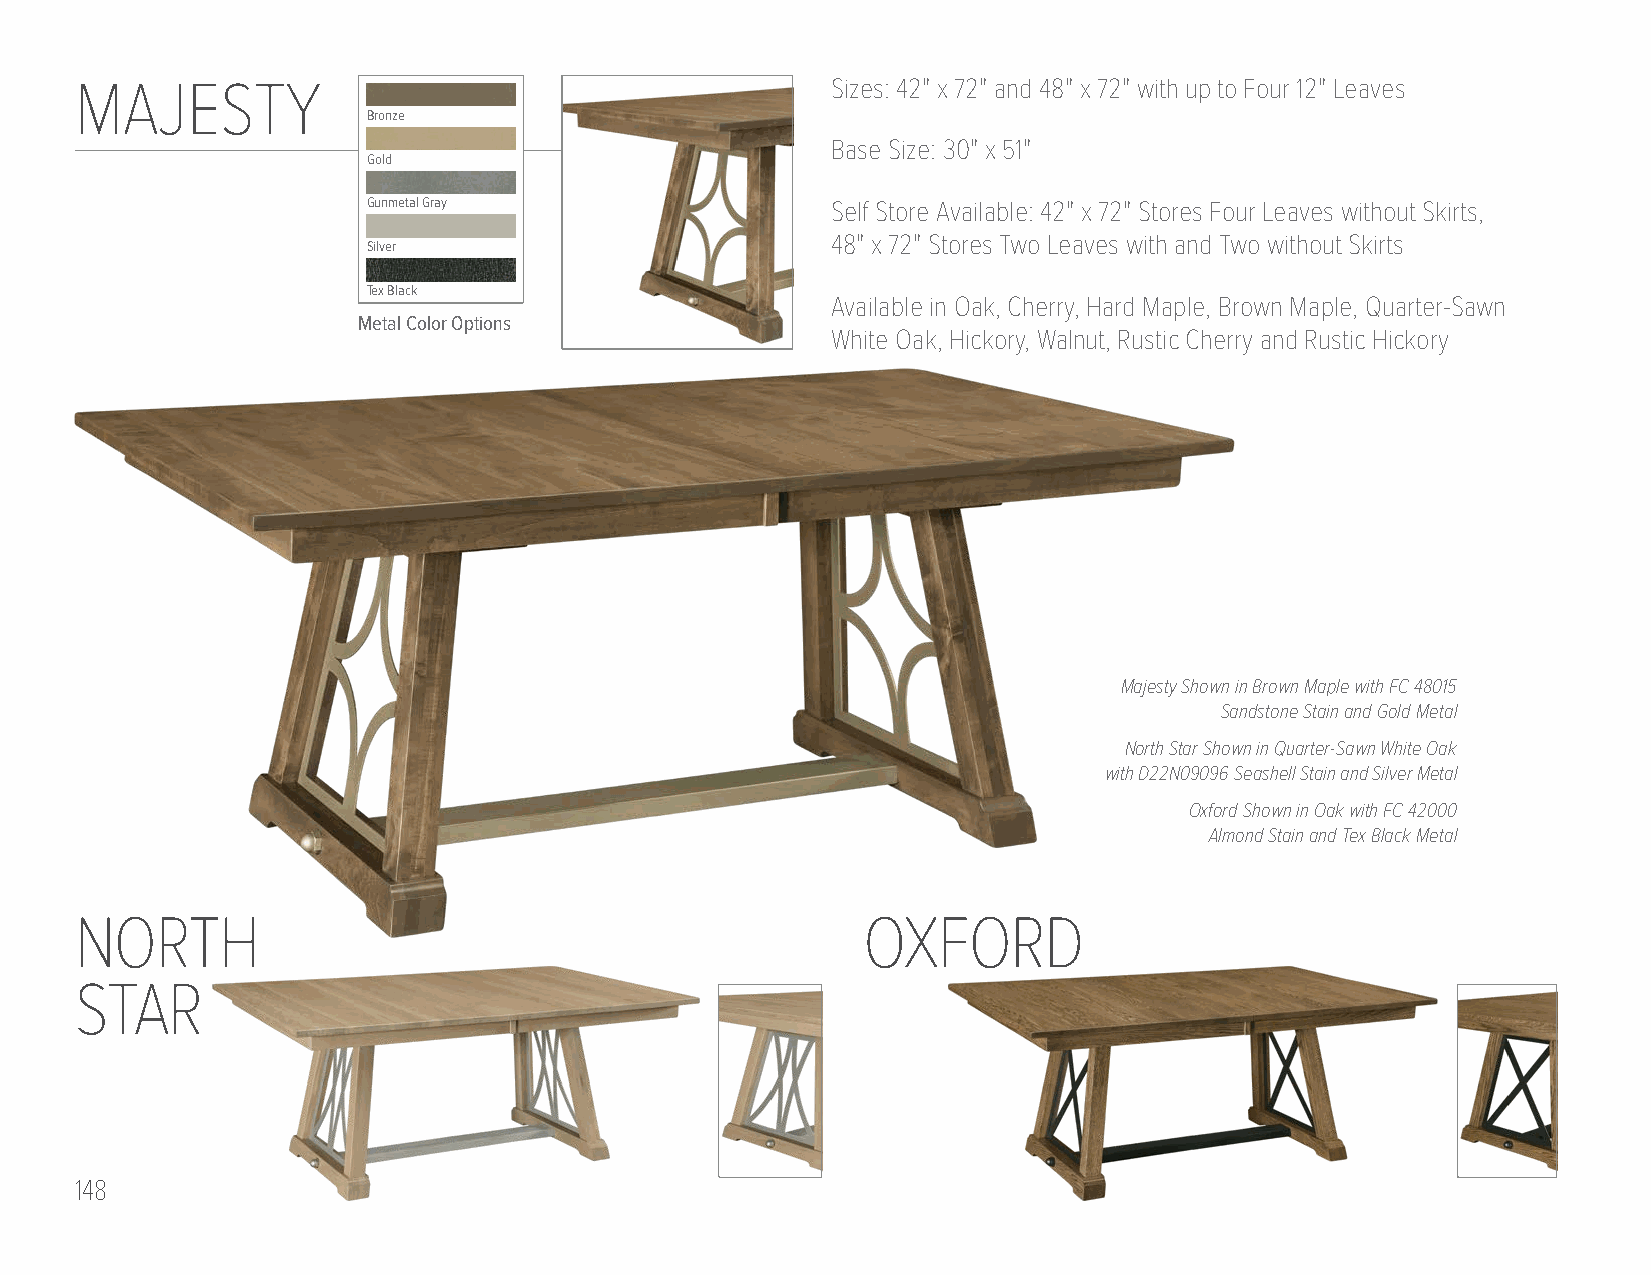
MAJESTY                                           Sizes: 42" x 72" and 48" x 72" with up to Four 12" Leaves
 Bronze
 Base Size: 30" x 51"
 Gold
 Gunmetal Gray                  Self Store Available: 42" x 72" Stores Four Leaves without Skirts,
 48" x 72" Stores Two Leaves with and Two without Skirts
 Silver
 Tex Black
 Available in Oak, Cherry, Hard Maple, Brown Maple, Quarter-Sawn
 Metal Color Options
 White Oak, Hickory, Walnut, Rustic Cherry and Rustic Hickory
 Majesty Shown in Brown Maple with FC 48015
 Sandstone Stain and Gold Metal
 North Star Shown in Quarter-Sawn White Oak
 with D22N09096 Seashell Stain and Silver Metal
 Oxford Shown in Oak with FC 42000
 Almond Stain and Tex Black Metal
 NORTH                                               OXFORD
 STAR
 148